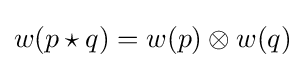
w(p\star q)=w(p)\otimes w(q)